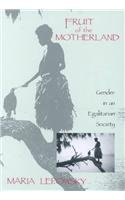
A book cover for Fruit of the Motherland: Gender in an Egalitarian Society; Maria Lepowsky; History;